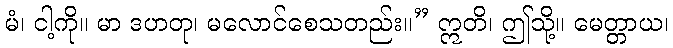
မံ၊ ငါ့ကို။ မာ ဒဟတု၊ မလောင်စေသတည်း။” ဣတိ၊ ဤသို့။ မေတ္တာယ၊